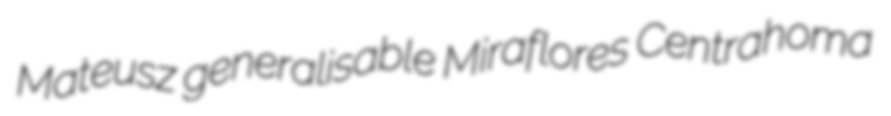
Mateusz generalisable Miraflores Centrahoma